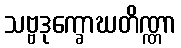
သဗ္ဗဒုက္ခောဃတိဏ္ဏာ